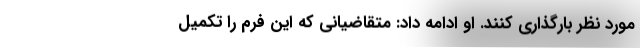
مورد نظر بارگذاری کنند. او ادامه داد: متقاضیانی که این فرم را تکمیل